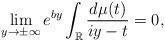
LaTeX: \begin{align*}\lim_{y\rightarrow\pm\infty}e^{by}\int_{\mathbb{R}}\frac{d\mu(t)}{iy-t}=0,\end{align*}